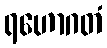
ရဟောဂတံ